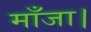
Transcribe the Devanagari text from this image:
माँजा।